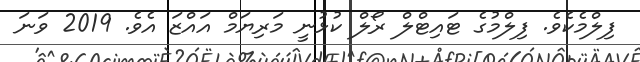
ފިލްމެކެވެ. ފިލްމުގެ ޓައިޓްލް ރޯލް ކުޅުނީ މަރިޔަމް އައްޒަ އެވެ. 2019 ވަނަ